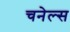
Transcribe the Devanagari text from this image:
चनेल्स